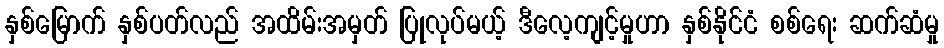
နှစ်မြောက် နှစ်ပတ်လည် အထိမ်းအမှတ် ပြုလုပ်မယ့် ဒီလေ့ကျင့်မှုဟာ နှစ်နိုင်ငံ စစ်ရေး ဆက်ဆံမှု